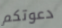
دعوتكم